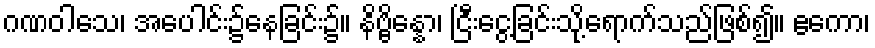
ဂဏဝါသေ၊ အပေါင်း၌နေခြင်း၌။ နိဗ္ဗိန္နော၊ ငြီးငွေ့ခြင်းသို့ရောက်သည်ဖြစ်၍။ ဧကော၊